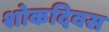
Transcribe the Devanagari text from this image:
शोकदिवस